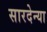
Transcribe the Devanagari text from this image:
सारदेन्या